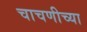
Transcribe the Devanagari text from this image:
चाचणीच्या